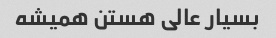
بسیار عالی هستن همیشه